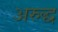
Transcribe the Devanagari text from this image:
अरुद्ध